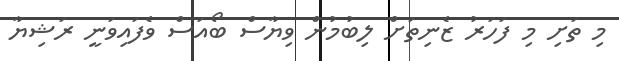
މި ތަށި މި ފަހަރު ޒެނިތަށް ލިބުމުން ވިޔާސް ބޯއަސް ވެފައިވަނީ ރަޝިޔާ